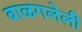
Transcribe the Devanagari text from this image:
बाळगलेली